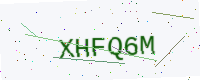
Text: XHFQ6M